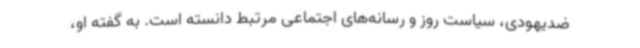
ضدیهودی، سیاست روز و رسانه‌های اجتماعی مرتبط دانسته است. به گفته او،